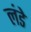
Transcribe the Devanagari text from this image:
लंडे